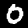
Digit: 0